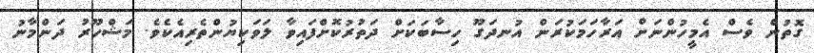
ގޮތުން ވެސް އެމީހުންނަށް އަރާހަމަކުރަން އުނދަގޫ ހިސާބަކަށް ދަތުރުކޮށްފައިވާ ލަވަކިޔުންތެރިއެކެވެ. މަޝްހޫރު ދަންމާނު